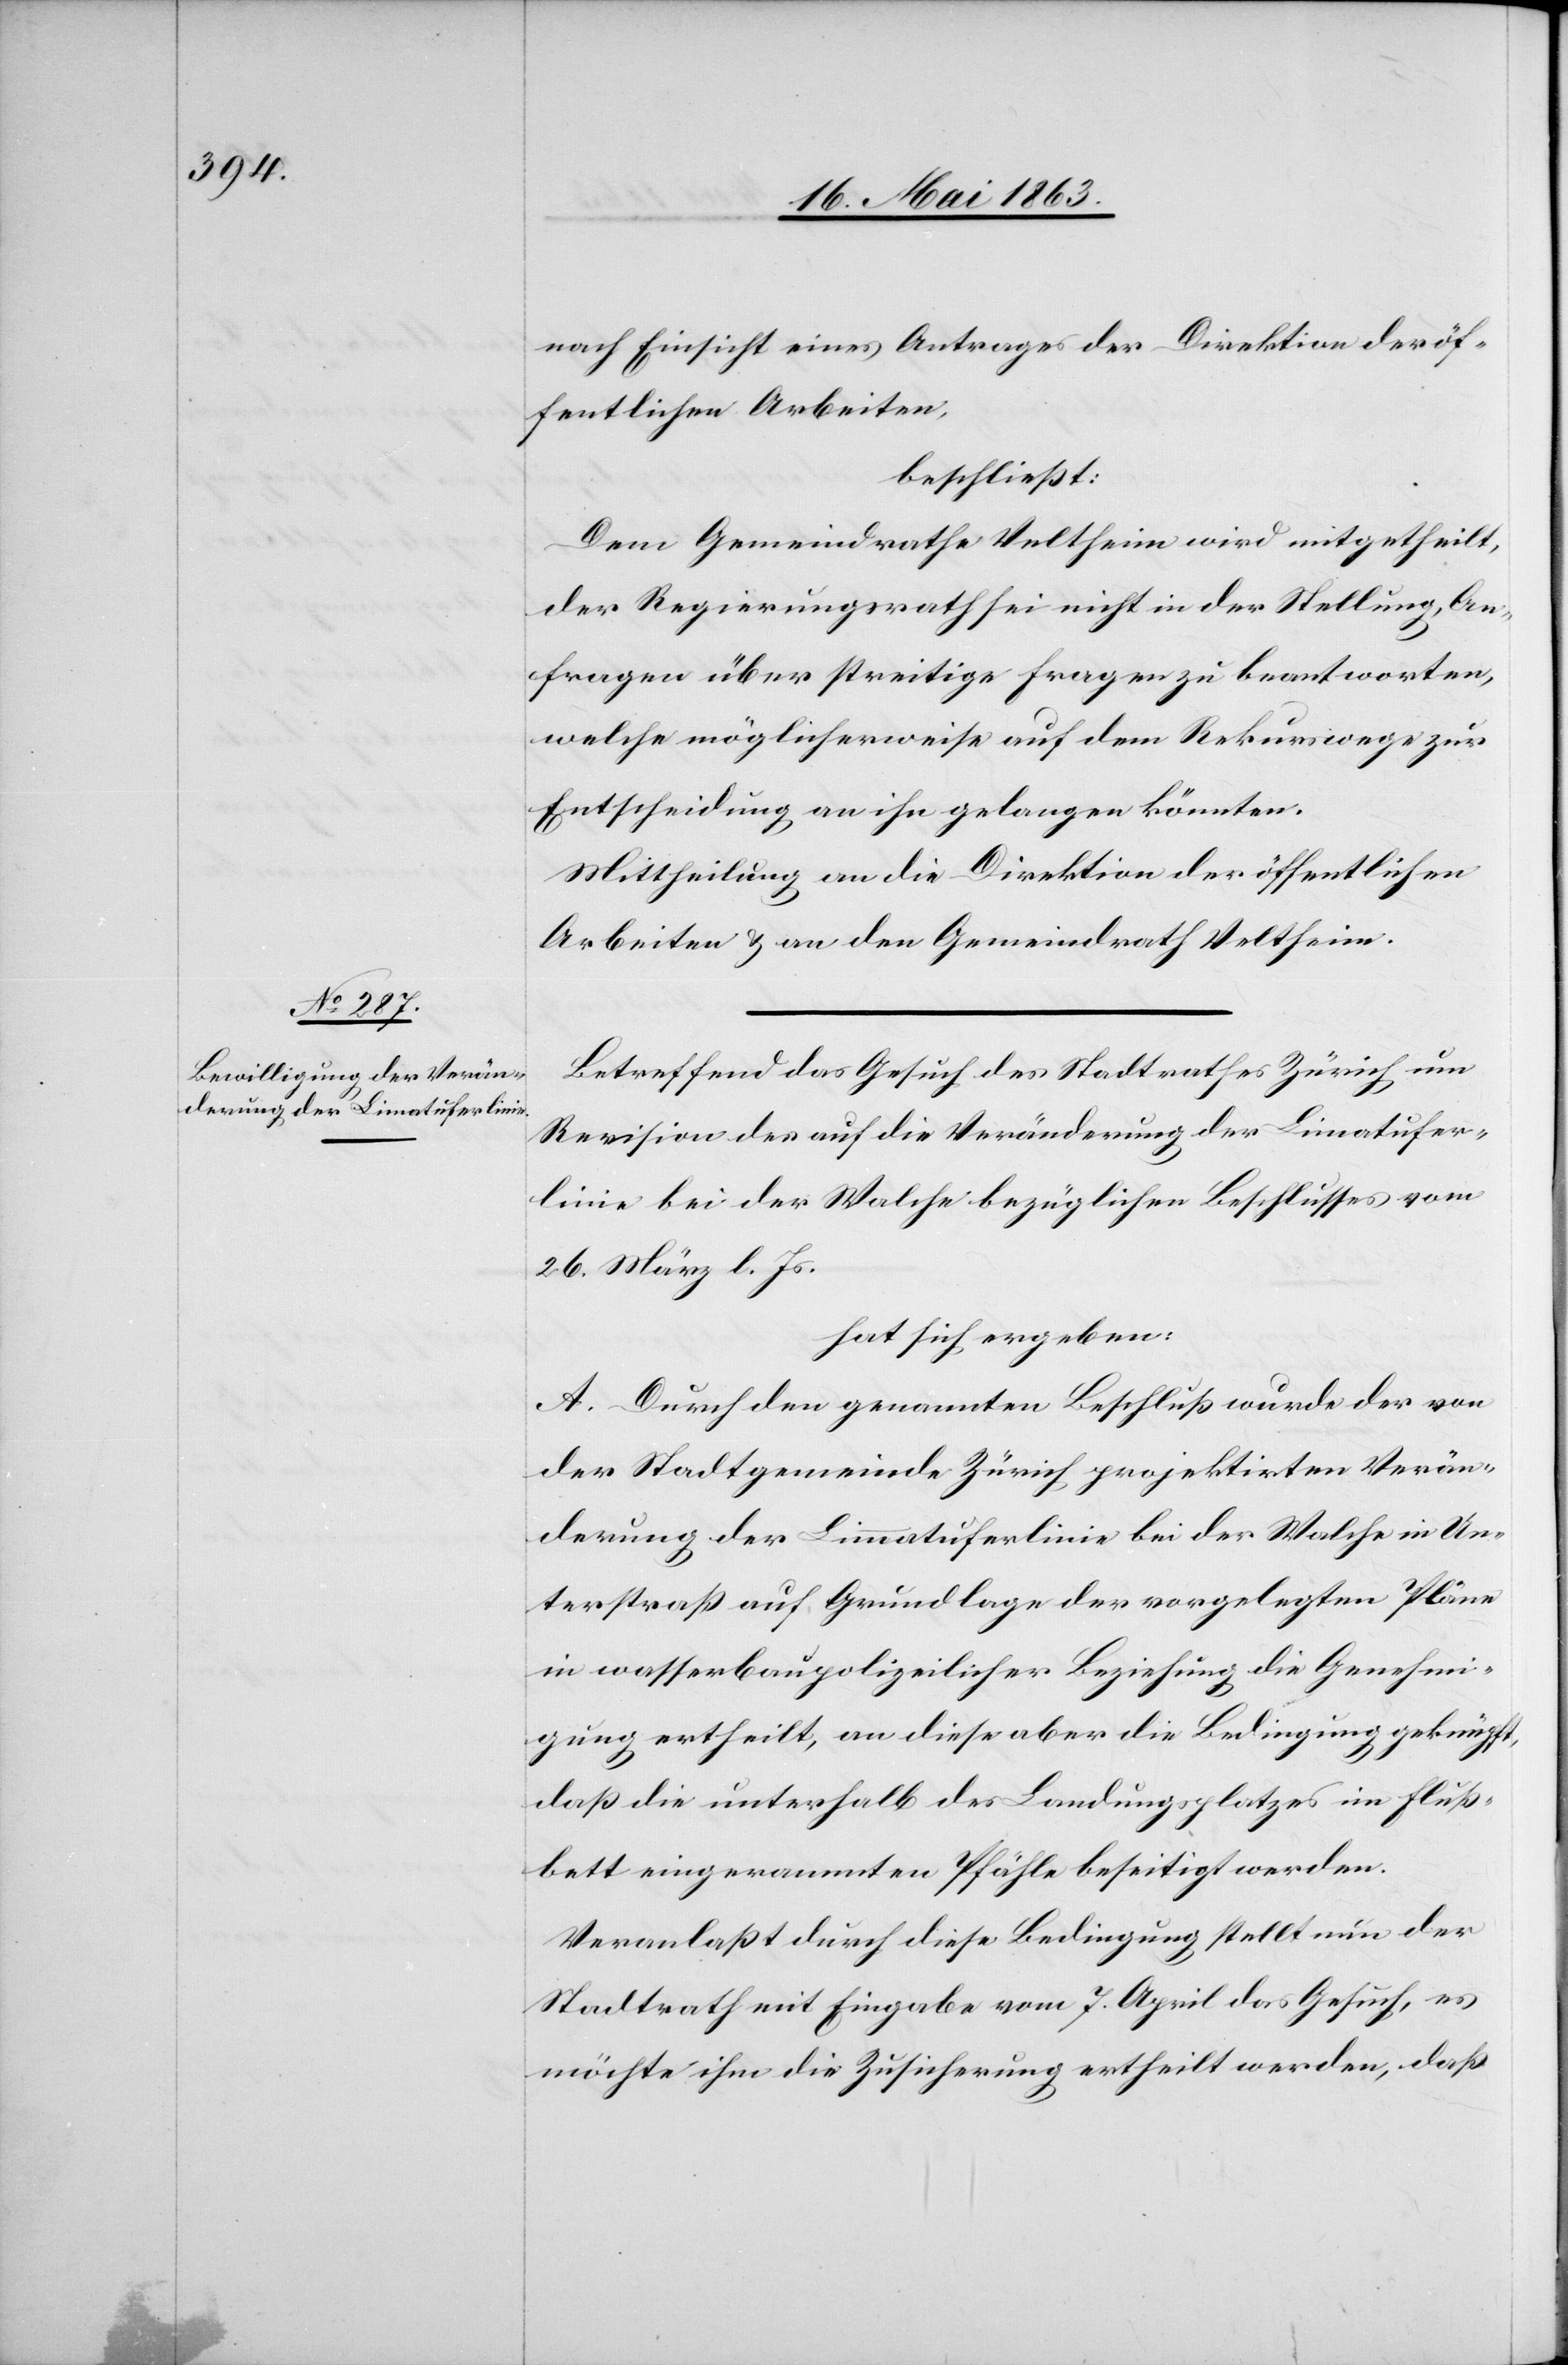
nach Einsicht eines Antrages der Direktion der öf¬
fentlichen Arbeiten,
beschließt:
Dem Gemeindrathe Veltheim wird mitgetheilt,
der Regierungsrath sei nicht in der Stellung, An¬
fragen über streitige Fragen zu beantworten,
welche möglicherweise auf dem Rekurswege zur
Entscheidung an ihn gelangen könnten.
Mittheilung an die Direktion der öffentlichen
Arbeiten & an den Gemeindrath Veltheim.
Betreffend das Gesuch des Stadtrathes Zürich um
Revision des auf die Veränderung der Limatufer¬
linie bei der Walche bezüglichen Beschlusses vom
26. März l. Js.
hat sich ergeben:
A. Durch den genannten Beschluß wurde der von
der Stadtgemeinde Zürich projektirten Verän¬
derung der Limmatuferlinie bei der Walche in Un¬
terstraß auf Grundlage der vorgelegten Pläne
in wasserbaupolizeilicher Beziehung die Genehmi¬
gung ertheilt, an diese aber die Bedingung geknüpft,
daß die unterhalb des Landungsplatzes im Fluß¬
bett eingerammten Pfähle beseitigt werden.
Veranlaßt durch diese Bedingung stellt nun der
Stadtrath mit Eingabe vom 7. April das Gesuch, es
möchte ihm die Zusicherung ertheilt werden, daß